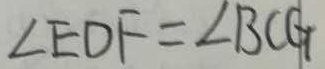
\angle E D F = \angle B C G